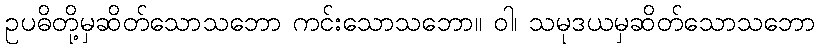
ဥပဓိတို့မှဆိတ်သောသဘော ကင်းသောသဘော။ ဝါ၊ သမုဒယမှဆိတ်သောသဘော